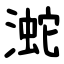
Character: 㵃